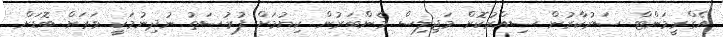
އެގްރީމަންޓް ސަރުކާރުން ސިއްރުކޮށް މަޖިލިސް މެންބަރުން ކިޔުމަށް ފުރުސަތު ނުދިނުމަކީ ވަރަށް ބޮޑަށް